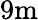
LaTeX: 9\mathrm{m}